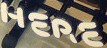
HERE